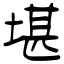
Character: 堪